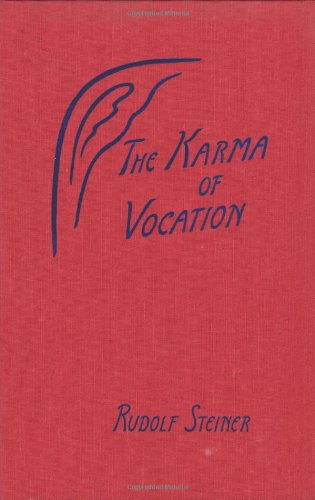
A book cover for The Karma of Vocation; Rudolf Steiner; Religion & Spirituality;